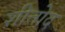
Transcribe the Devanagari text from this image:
शीतोद